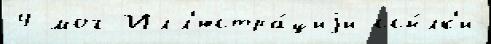
4 мог Илл'юстра́циjи ссы́лк'и